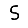
Digit: 5